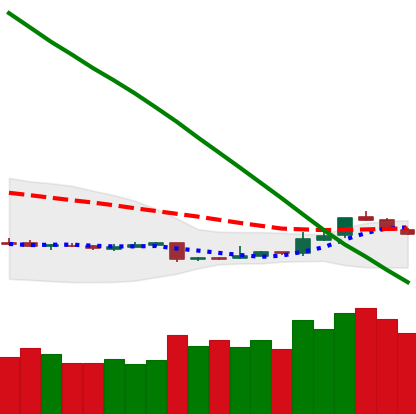
Ticker: ETH-USD
Chart end date: 2018-11-09
Forward return: -13.651%
Label: down_7plus